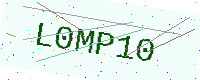
Text: L0MP10